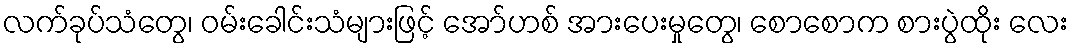
လက်ခုပ်သံတွေ၊ ဝမ်းခေါင်းသံများဖြင့် အော်ဟစ် အားပေးမှုတွေ၊ စောစောက စားပွဲထိုး လေး